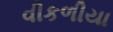
વીકળીયા